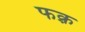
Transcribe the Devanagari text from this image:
फक़्र